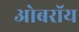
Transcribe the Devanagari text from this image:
ओबराॅय